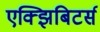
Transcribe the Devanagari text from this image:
एक्झिबिटर्स